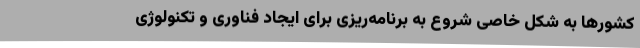
کشورها به شکل خاصی شروع به برنامه‌ریزی برای ایجاد فناوری و تکنولوژی